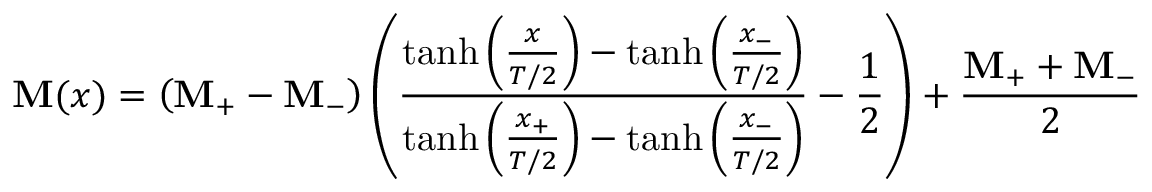
\mathbf { M } ( x ) = \left( \mathbf { M } _ { + } - \mathbf { M } _ { - } \right) \left( \frac { \operatorname { t a n h } \left( \frac { x } { T / 2 } \right) - \operatorname { t a n h } \left( \frac { x _ { - } } { T / 2 } \right) } { \operatorname { t a n h } \left( \frac { x _ { + } } { T / 2 } \right) - \operatorname { t a n h } \left( \frac { x _ { - } } { T / 2 } \right) } - \frac { 1 } { 2 } \right) + \frac { \mathbf { M } _ { + } + \mathbf { M } _ { - } } { 2 }